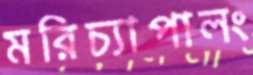
মরিচ্যাপালং